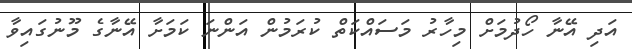
އަދި އޭނާ ހޯދުމަށް މިހާރު މަސައްކަތް ކުރަމުން އަންނަ ކަމަށާ އޭނާގެ މޫނުގައިވާ